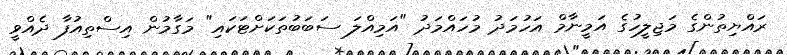
ރައްޔިތުންގެ މަޖިލީހުގެ އަމީނާމް އަހުމަދު މުހައްމަދު "އަމިއްލަ ސަބަބުތަކަށްޓަކައި" މަގާމުން އިސްތިއުފާ ދެއްވީ